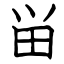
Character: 畄